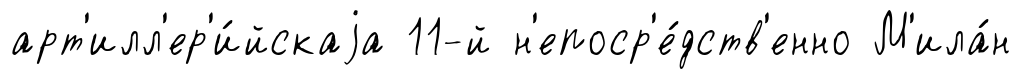
арт'илл'ер'и́йскаjа 11-й н'епоср'е́дств'енно М'ила́н